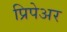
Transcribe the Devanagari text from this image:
प्रिपेअर